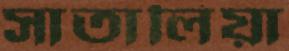
সাতালিয়া